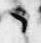
々